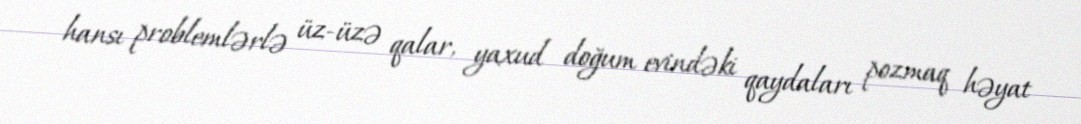
hansı problemlərlə üz-üzə qalar, yaxud doğum evindəki qaydaları pozmaq həyat